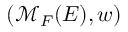
( \mathcal { M } _ { F } ( E ) , w )